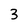
Character: 3